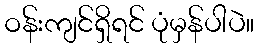
ဝန်းကျင်ရှိရင် ပုံမှန်ပါပဲ။